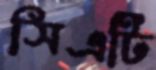
সিএটি